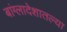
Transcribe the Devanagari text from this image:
बांग्लादेशातल्या